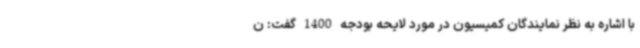
با اشاره به نظر نمایندگان کمیسیون در مورد لایحه بودجه 1400 گفت: ن